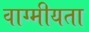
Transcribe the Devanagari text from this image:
वाग्मीयता